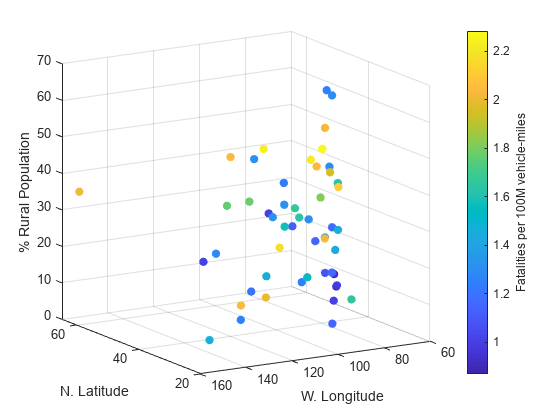
matlab, scatter3, colorbar